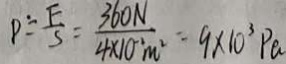
P \div \frac { F } { S } = \frac { 3 6 0 N } { 4 \times 1 0 ^ { - 2 } m ^ { 2 } } = 9 \times 1 0 ^ { 3 } P a